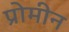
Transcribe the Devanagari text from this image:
प्रोमीन